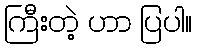
ကြီးတဲ့ ဟာ ပြပါ။